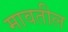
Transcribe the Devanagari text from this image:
मावतील